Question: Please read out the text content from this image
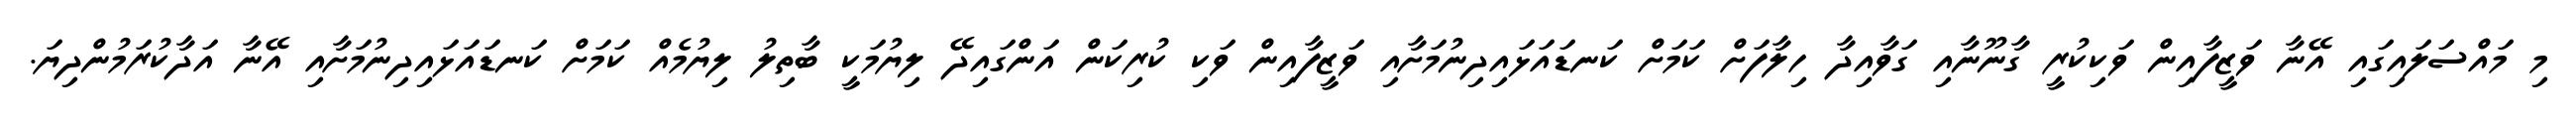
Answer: މި މައްސަލައިގައި އޭނާ ވަޒީފާއިން ވަކިކުރީ ގާނޫނާއި ގަވާއިދާ ހިލާފަށް ކަމަށް ކަނޑައަޅައިދިނުމަށާއި ވަޒީފާއިން ވަކި ކުރިކަން އަންގައިދޭ ލިޔުމަކީ ބާތިލު ލިޔުމެއް ކަމަށް ކަނޑައަޅައިދިނުމަށާއި އޭނާ އަދާކުރަމުންދިޔަ.